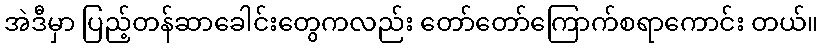
အဲဒီမှာ ပြည့်တန်ဆာခေါင်းတွေကလည်း တော်တော်ကြောက်စရာကောင်း တယ်။